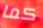
كما